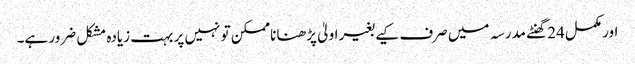
اور مکمل 24 گھنٹے مدرسہ میں صرف کیے بغیر اولیٰ پڑھنا ناممکن تو نہیں پر بہت زیادہ مشکل ضرور ہے۔